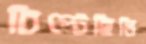
চিপ্‌টেছিলি